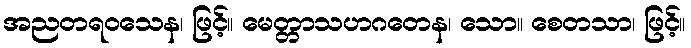
အညတရဝသေန၊ ဖြင့်။ မေတ္တာသဟဂတေန၊ သော။ စေတသာ၊ ဖြင့်။